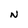
Character: N